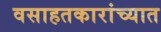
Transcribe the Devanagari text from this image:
वसाहतकारांच्यात